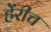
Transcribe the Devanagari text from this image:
हेंरीच